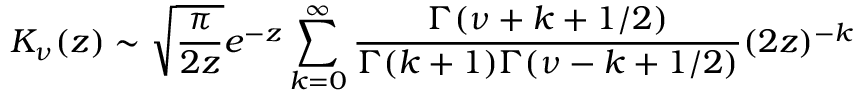
K _ { \nu } ( z ) \sim \sqrt { \frac { \pi } { 2 z } } e ^ { - z } \sum _ { k = 0 } ^ { \infty } \frac { \Gamma ( \nu + k + 1 / 2 ) } { \Gamma ( k + 1 ) \Gamma ( \nu - k + 1 / 2 ) } ( 2 z ) ^ { - k } \nonumber